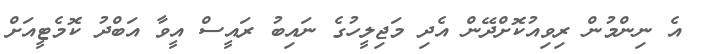
އެ ނިންމުން ރިވިއުކޮށްދޭން އެދި މަޖިލީހުގެ ނައިބު ރައީސް އީވާ އަބްދު ކޮމެޓީއަށް